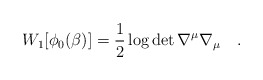
\begin{align*}W_1[\phi_0(\beta)]=\frac 12 \log \det \nabla^{\mu}\nabla_{\mu}~~~.\end{align*}